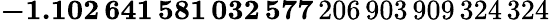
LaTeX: \mathbf{-1.102\, 641\, 581\, 032\, 577}\, 206\, 903\, 909\, 324\, 324